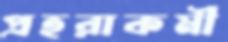
প্রহরাকর্মী